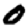
Digit: 0